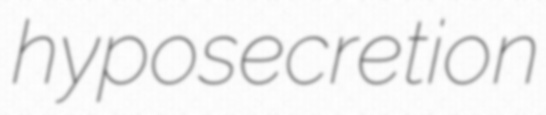
hyposecretion